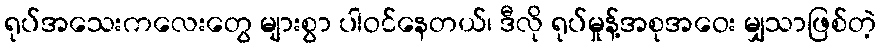
ရုပ်အသေးကလေးတွေ များစွာ ပါဝင်နေတယ်၊ ဒီလို ရုပ်မှုန့်အစုအဝေး မျှသာဖြစ်တဲ့